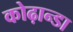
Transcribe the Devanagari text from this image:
कोढ़ान्‍डा